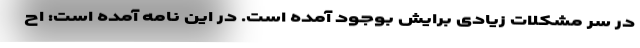
در سر مشکلات زیادی برایش بوجود آمده است. در این نامه آمده است: اح